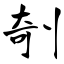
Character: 剞